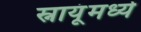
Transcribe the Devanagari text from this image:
स्नायूंमध्ये